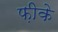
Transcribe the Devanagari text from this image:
फ़ीके